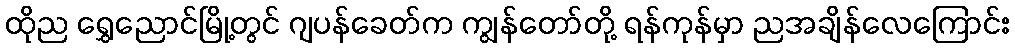
ထိုည ရွှေညောင်မြို့တွင် ဂျပန်ခေတ်က ကျွန်တော်တို့ ရန်ကုန်မှာ ညအချိန်လေကြောင်း